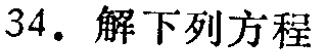
34. 解下列方程